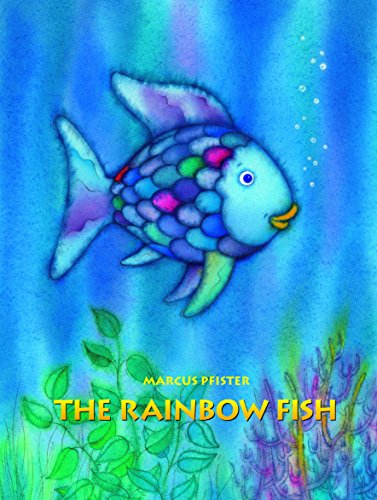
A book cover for The Rainbow Fish; Marcus Pfister; Christian Books & Bibles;